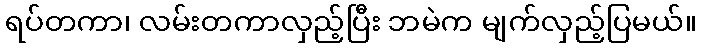
ရပ်တကာ၊ လမ်းတကာလှည့်ပြီး ဘမဲက မျက်လှည့်ပြမယ်။